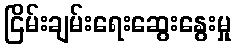
ငြိမ်းချမ်းရေးဆွေးနွေးမှု